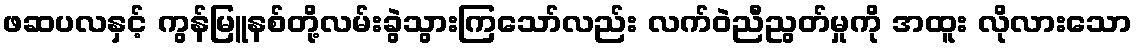
ဖဆပလနှင့် ကွန်မြူနစ်တို့လမ်းခွဲသွားကြသော်လည်း လက်ဝဲညီညွတ်မှုကို အထူး လိုလားသော